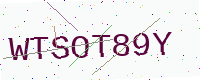
Text: WTSOT89Y